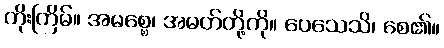
ကိုးကြိမ်။ အမစ္စေ၊ အမတ်တို့ကို။ ပေသေသိ၊ စေ၏။